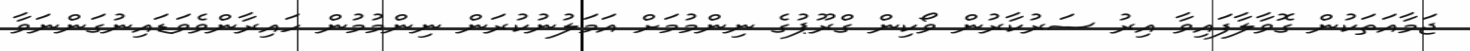
ޖަމާއަތަކުން ގޮވާލާފައިވާ އިރު ސަރުކާރުން ވޯކިން ގްރޫޕުގެ ނިންމުމަށް އަމަލުނުކުރަން ނިންމުމުން ހައިރާންވެވަޑައިނުގަންނަވާ